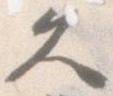
久